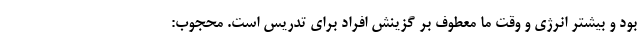
بود و بیشتر انرژی و وقت ما معطوف بر گزینش افراد برای تدریس است. محجوب: